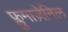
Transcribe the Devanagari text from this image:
फ्लुमाज़ेनिल